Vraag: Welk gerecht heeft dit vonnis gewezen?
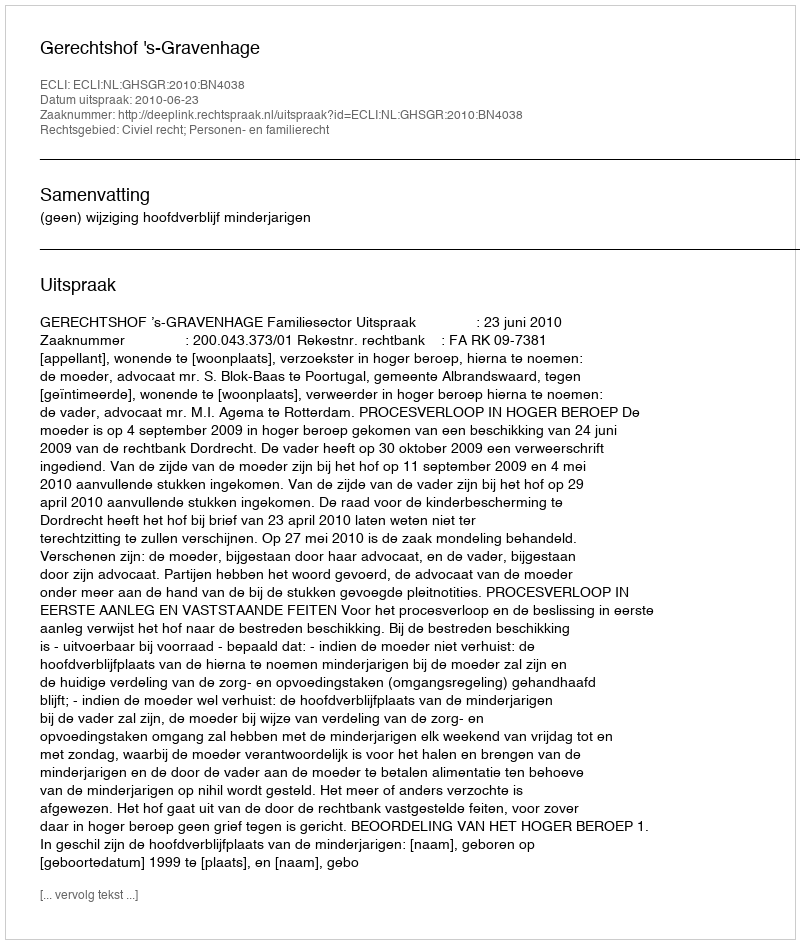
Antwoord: Gerechtshof 's-Gravenhage